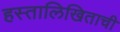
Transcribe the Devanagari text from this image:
हस्तालिखिताची